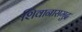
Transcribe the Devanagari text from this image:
शिवानासमुद्र